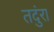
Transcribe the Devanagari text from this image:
तदुंरा